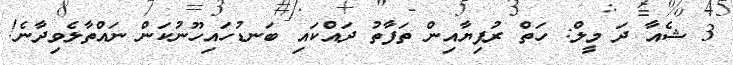
3 ޝެއާ ދަ މީލް: ހަތް ރުފިޔާއިން ތަފާތު ދައްކައި ބަނޑުހައިހޫނުކަން ނައްތާލެވިދާނެ!